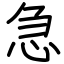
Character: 急